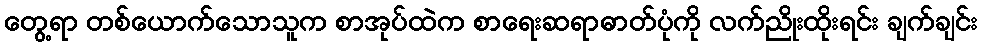
တွေ့ရာ တစ်ယောက်သောသူက စာအုပ်ထဲက စာရေးဆရာဓာတ်ပုံကို လက်ညိုးထိုးရင်း ချက်ချင်း